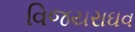
વિજયરાઘવ